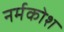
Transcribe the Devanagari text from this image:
नर्मकोश